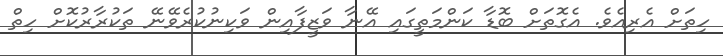
ހިތަށް އެރިއެވެ. އެގޮތަށް ބޮޑާ ކަންމަތީގައި އޭނާ ވަޒީފާއިން ވަކިނުކުރެވޭނޭ ތަކުރާރުކޮށް ހިތް